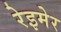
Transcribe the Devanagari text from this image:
रेइमेर